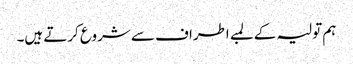
ہم تولیہ کے لمبے اطراف سے شروع کرتے ہیں۔